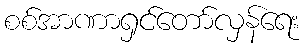
စစ်အာဏာရှင်တော်လှန်ရေး